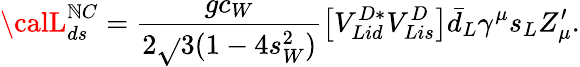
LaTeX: {\calL}_{ds}^{\mathbb{N}C}=\frac{{gc_{W}}}{{2\sqrt{}{{3(1-4s_{W}^{2})}}}}\left[V_{Lid}^{D*}V_{Lis}^{D}\right]\bar{{d}}_{L}\gamma^{\mu}s_{L}Z_{\mu}^{\prime}.